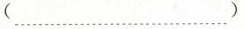
(……)